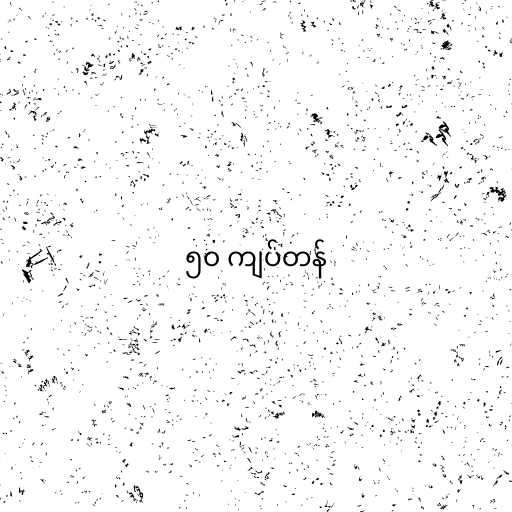
၅၀ ကျပ်တန်